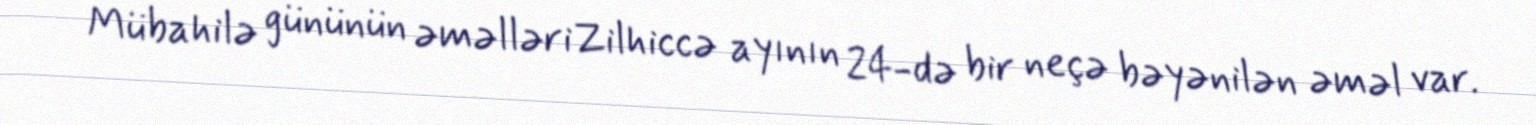
Mübahilə gününün əməlləriZilhiccə ayının 24-də bir neçə bəyənilən əməl var.